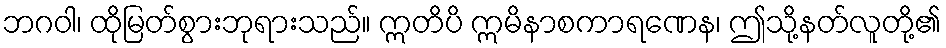
ဘဂဝါ၊ ထိုမြတ်စွားဘုရားသည်။ ဣတိပိ ဣမိနာစကာရဏေန၊ ဤသို့နတ်လူတို့၏